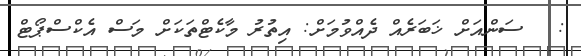
:   ސަންއަށް ޚަބަރެއް ދެއްވުމަށް: އިތުރު މާކެޓްތަކަށް މަސް އެކްސްޕޯޓް